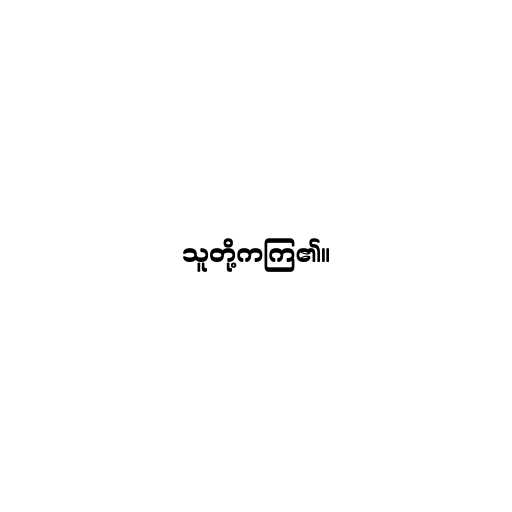
သူတို့ကကြ၏။